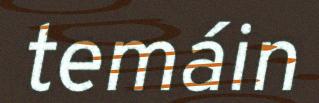
temáin